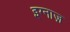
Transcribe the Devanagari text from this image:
इग्नाज़